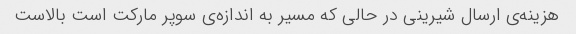
هزینه‌ی ارسال شیرینی در حالی که مسیر به اندازه‌ی سوپر مارکت است بالاست